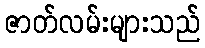
ဇာတ်လမ်းများသည်